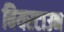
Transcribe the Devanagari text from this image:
बियरटाउन